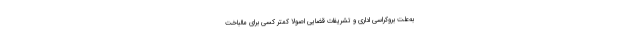
به‌علت بروکراسی اداری و تشریفات قضایی اصولا کمتر کسی برای مالباخت